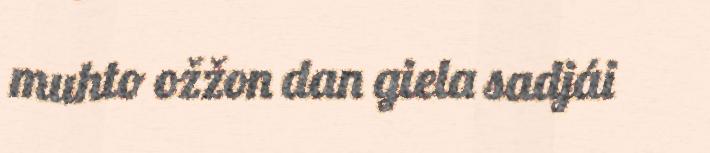
muhto ožžon dan giela sadjái